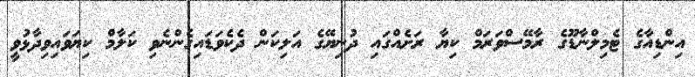
އިންޑިއާގެ ޓެމިލްނާޑޫގެ ރާމޭސްވަރަމް ކިޔާ ރަށެއްގައި ދުނިޔޭގެ އަލިކަން ދެކެވަޑައިގެންނެވި ކަލާމް ކިޔަވައިވިދާޅުވީ